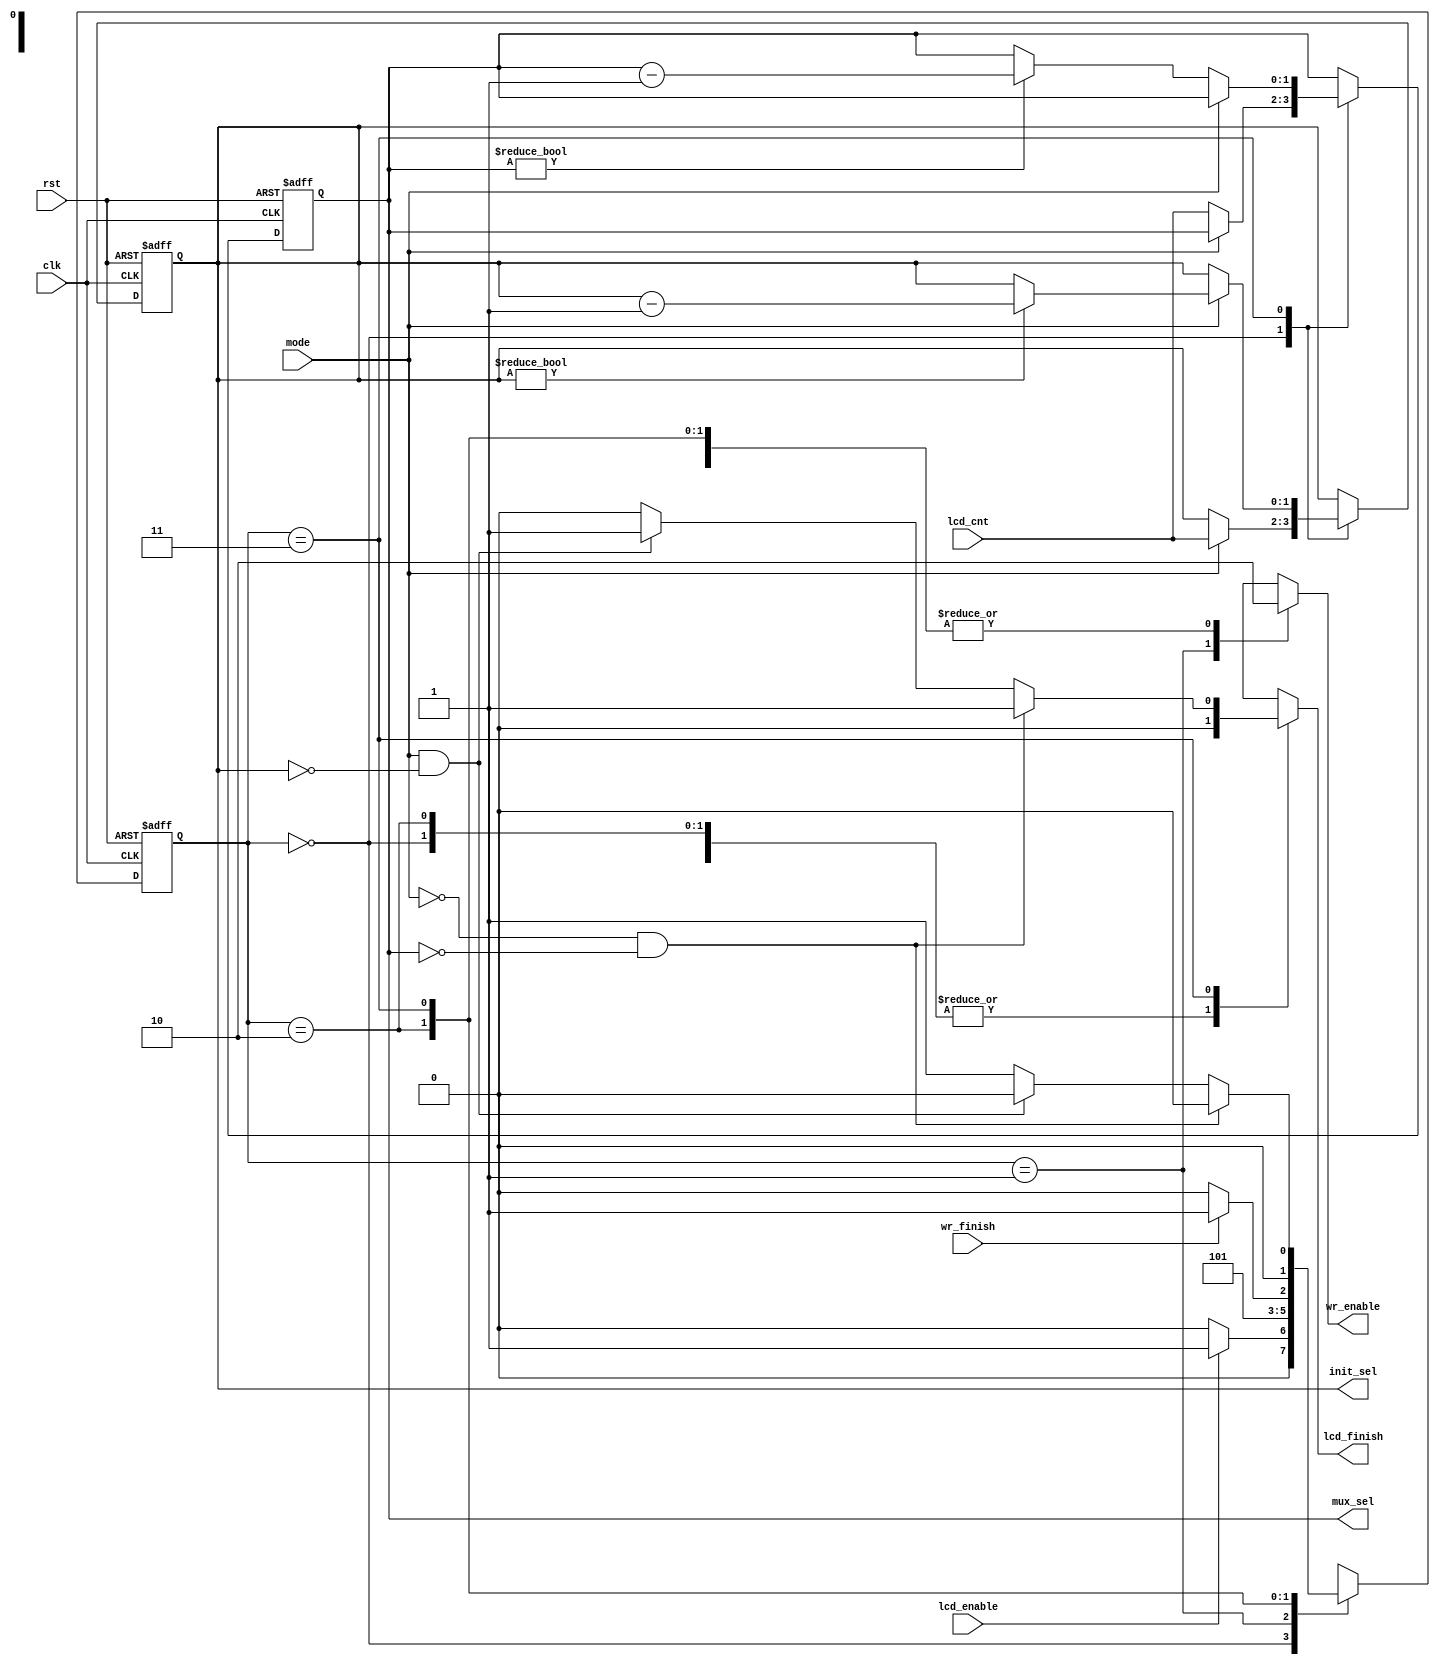
`timescale 1ns / 1ps
//////////////////////////////////////////////////////////////////////////////////
// Company: 
// Engineer: 
// 
// Design Name: 
// Module Name:    LCD_init_refresh 
// Project Name: 
// Target Devices: 
// Tool versions: 
// Description: 
//
// Dependencies: 
//
// Revision: 
// Revision 0.01 - File Created
// Additional Comments: 
//
//////////////////////////////////////////////////////////////////////////////////
module LCD_init_refresh(
    input clk,
    input rst,
    input lcd_enable,
    input mode,
    input [1:0] lcd_cnt,
    output reg lcd_finish,
    output reg wr_enable,
    input wr_finish,
    output reg [1:0] mux_sel,
    output reg [1:0] init_sel
    );

localparam  idle = 2'b00,
			data = 2'b01,
			data1 = 2'b10,
			endlcd = 2'b11;

reg [1:0] state, next_state;

always @(posedge clk, posedge rst)
	if(rst)
		state <= idle;
	else
		state <= next_state;
		
always @(posedge clk, posedge rst)
			if(rst)
				init_sel <= 2'b0;
			else case(state)
					idle: 
						if(mode) 
							init_sel <= lcd_cnt;
					endlcd: 
						if(mode)
							if(init_sel != 2'b0)
								init_sel <= init_sel - 1;
				endcase
		
always @(posedge clk, posedge rst)
			if(rst)
				mux_sel <= 2'b0;
			else case(state)
					idle: 
						if(!mode) 
							mux_sel <= lcd_cnt;
					endlcd: 
						if(!mode)
							if(mux_sel != 2'b0)
								mux_sel <= mux_sel - 1;
				endcase
always @*
begin
	wr_enable = 1'b0;
	lcd_finish = 1'b0;
	next_state = idle;
	case(state)
		idle:
			begin
				lcd_finish = 1'b0;
				if(lcd_enable)
					next_state = data;
				else 
					next_state = idle;
			end
		data:
			begin
				wr_enable = 1'b1;
				next_state = data1;
			end
		data1: 
			begin
				wr_enable = 1'b0;
				if(wr_finish)
					next_state = endlcd;
				else
					next_state = data1;
			end
		endlcd:
			begin
				if(mode == 0 && mux_sel == 2'b0)
					begin
						lcd_finish = 1'b1;
						next_state = idle;
					end
				else if(mode == 1 && init_sel == 2'b0)
					begin
						lcd_finish = 1'b1;
						next_state = idle;
					end
				else
					next_state = data;
			end
	endcase
end

endmodule